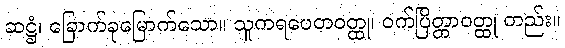
ဆဋ္ဌံ၊ ခြောက်ခုမြောက်သော။ သူကရပေတဝတ္ထု၊ ဝက်ပြိတ္တာဝတ္ထု တည်း။